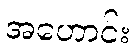
အဟောင်း